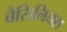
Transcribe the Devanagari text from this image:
बैसिलियस